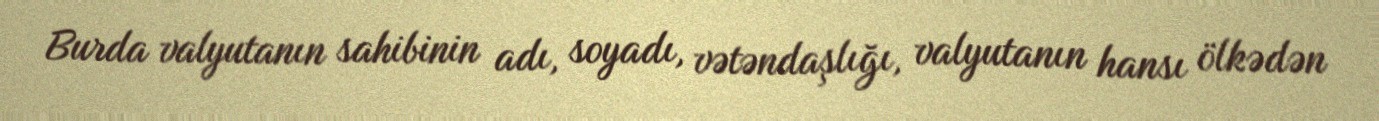
Burda valyutanın sahibinin adı, soyadı, vətəndaşlığı, valyutanın hansı ölkədən